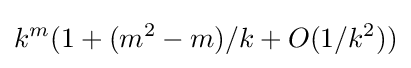
k^{m}(1+(m^{2}-m)/k+O(1/k^{2}))